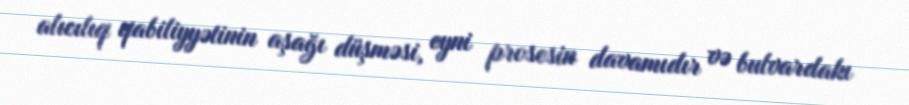
alıcılıq qabiliyyətinin aşağı düşməsi, eyni prosesin davamıdır və bulvardakı